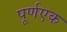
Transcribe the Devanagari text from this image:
पूर्णएक